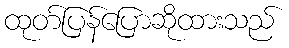
ထုတ်ပြန်ပြောဆိုထားသည်